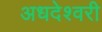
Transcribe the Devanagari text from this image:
अधदेश्वरी